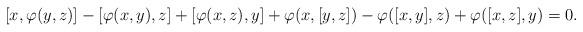
LaTeX: \begin{align*} [x,\varphi(y,z)] - [\varphi(x,y), z] + [\varphi(x,z), y] + \varphi(x, [y,z]) - \varphi([x,y],z) + \varphi([x,z],y)=0. \end{align*}